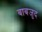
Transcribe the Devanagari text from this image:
बाबजुद